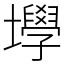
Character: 㙾